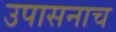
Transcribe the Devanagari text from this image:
उपासनाच